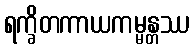
ရက္ခိတကာယကမ္မန္တဿ